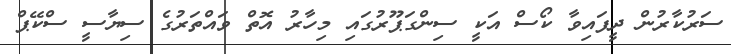
ސަރުކާރުން ދީފައިވާ ކޯސް އަކީ ސިންގަޕޫރުގައި މިހާރު އޮތް ވައްތަރުގެ ސިޔާސީ ސްކޭޕް